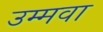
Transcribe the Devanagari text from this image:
उम्मवा